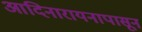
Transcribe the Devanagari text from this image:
आदिनारायनापासून